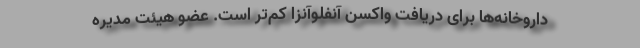
داروخانه‌ها برای دریافت واکسن آنفلوآنزا کم‌تر است. عضو هیئت مدیره